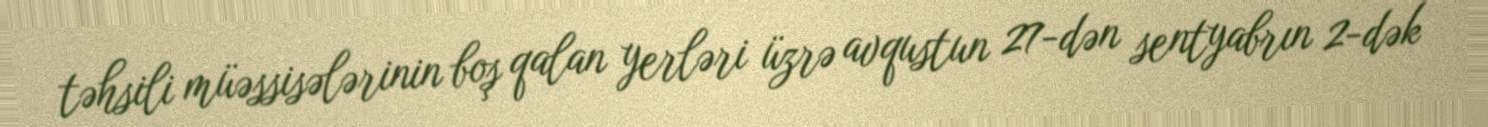
təhsili müəssisələrinin boş qalan yerləri üzrə avqustun 27-dən sentyabrın 2-dək